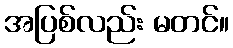
အပြစ်လည်း မတင်။